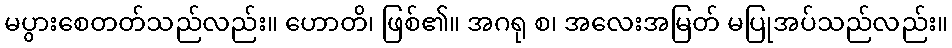
မပွားစေတတ်သည်လည်း။ ဟောတိ၊ ဖြစ်၏။ အဂရု စ၊ အလေးအမြတ် မပြုအပ်သည်လည်း။